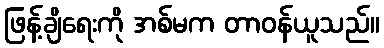
ဖြန့်ချိရေးကို အစ်မက တာဝန်ယူသည်။